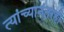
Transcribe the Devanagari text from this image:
त्यांच्यानंतरही